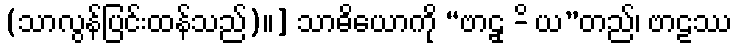
(သာလွန်ပြင်းထန်သည်)။] သာဓိယောကို “ဗာဠှ -ိ ယ”တည်၊ ဗာဠဿ